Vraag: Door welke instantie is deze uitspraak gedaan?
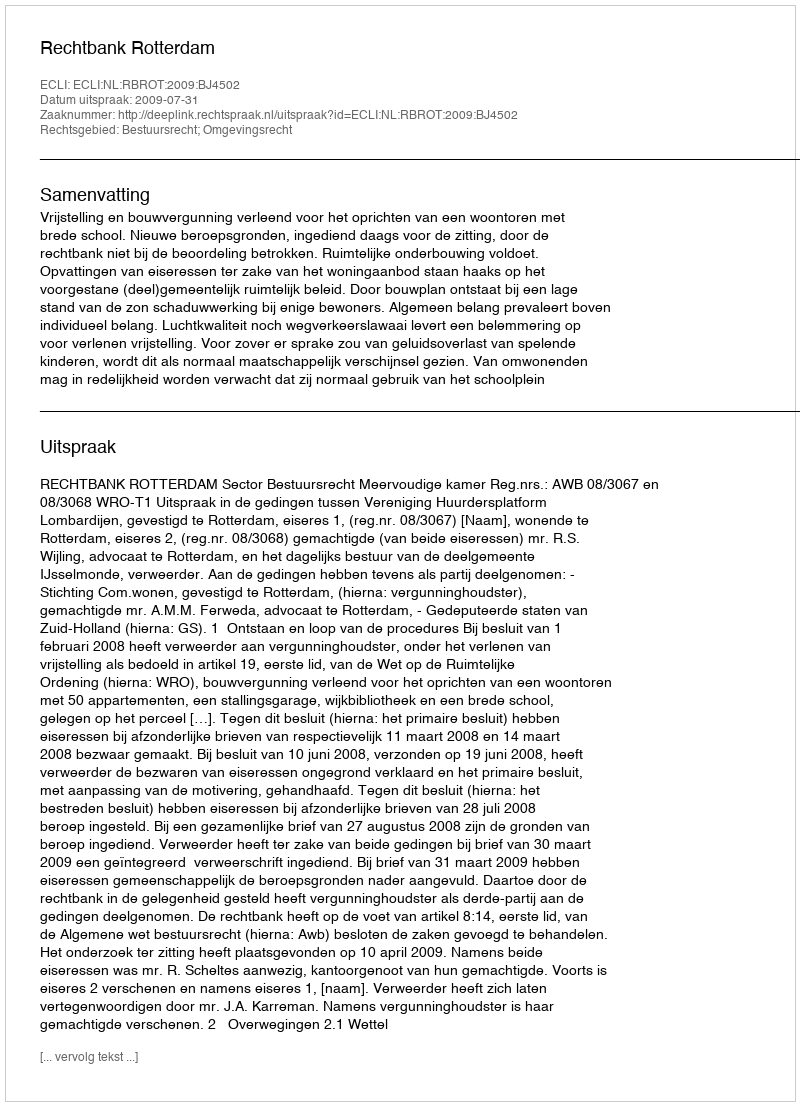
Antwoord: Rechtbank Rotterdam